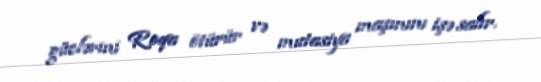
güclərini Roqa ötürür və mutasiya maşınını işə salır.